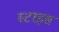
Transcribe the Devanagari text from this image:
स्टाइस